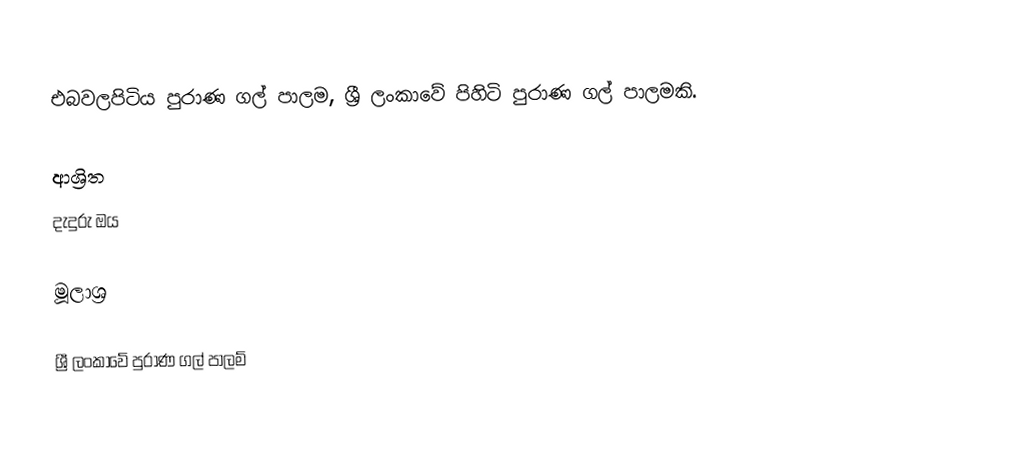
එබවලපිටිය පුරාණ ගල් පාලම, ශ්‍රී ලංකාවේ පිහිටි පුරාණ ගල් පාලමකි.

ආශ්‍රිත
 දැදුරු ඔය

මූලාශ්‍ර

ශ්‍රී ලංකාවේ පුරාණ ගල් පාලම්